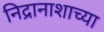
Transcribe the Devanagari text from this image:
निद्रानाशाच्या